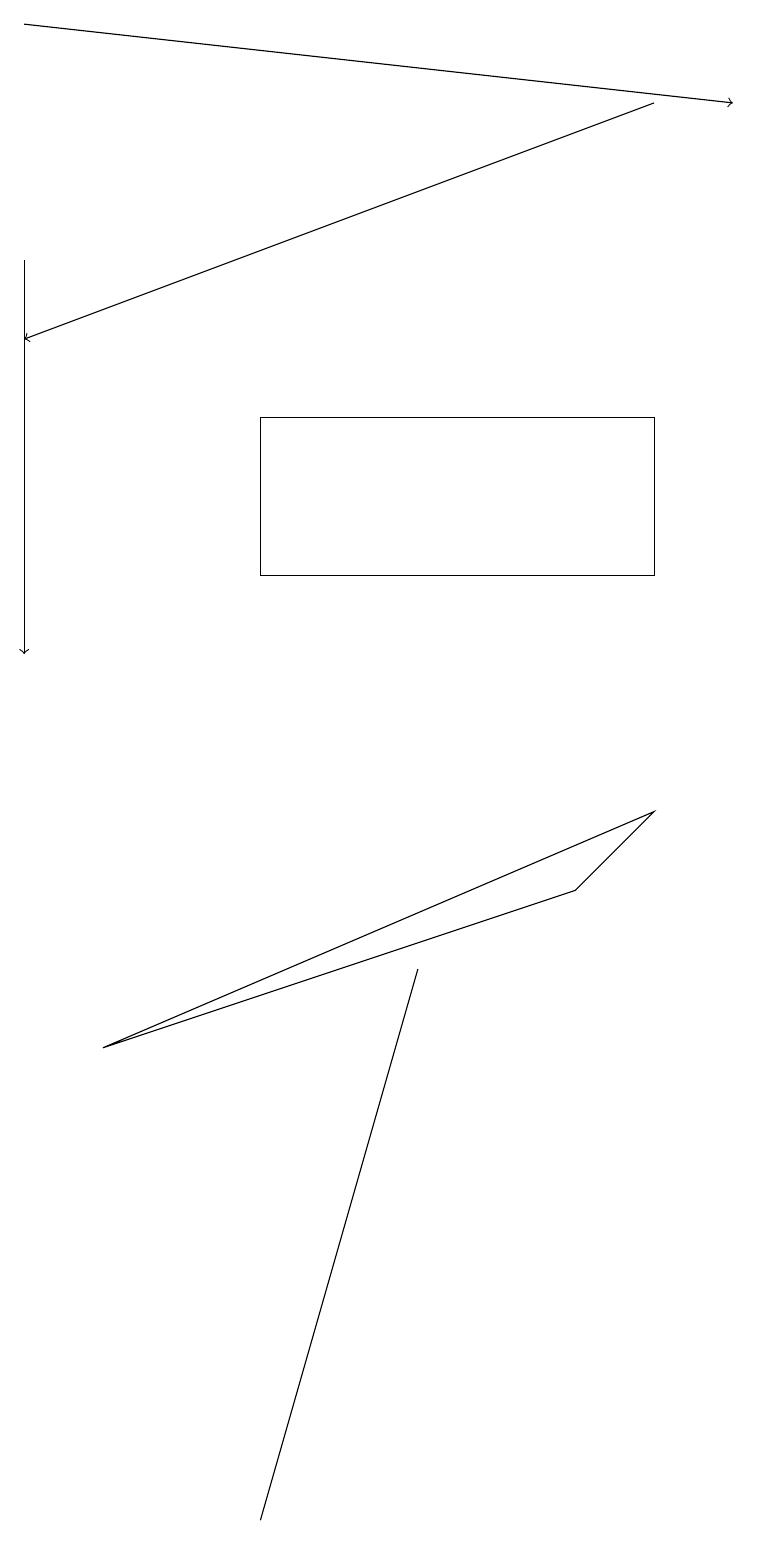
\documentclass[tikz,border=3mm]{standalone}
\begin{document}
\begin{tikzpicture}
\draw (8,9) -- (7,8) -- (1,6) -- cycle;
\draw[->] (0,19) -- (9,18);
\draw[->] (8,18) -- (0,15);
\draw[->] (0,16) -- (0,11);
\draw (3,14) rectangle (8,12);
\draw (3,0) -- (5,7) -- (3,0) -- cycle;
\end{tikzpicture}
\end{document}